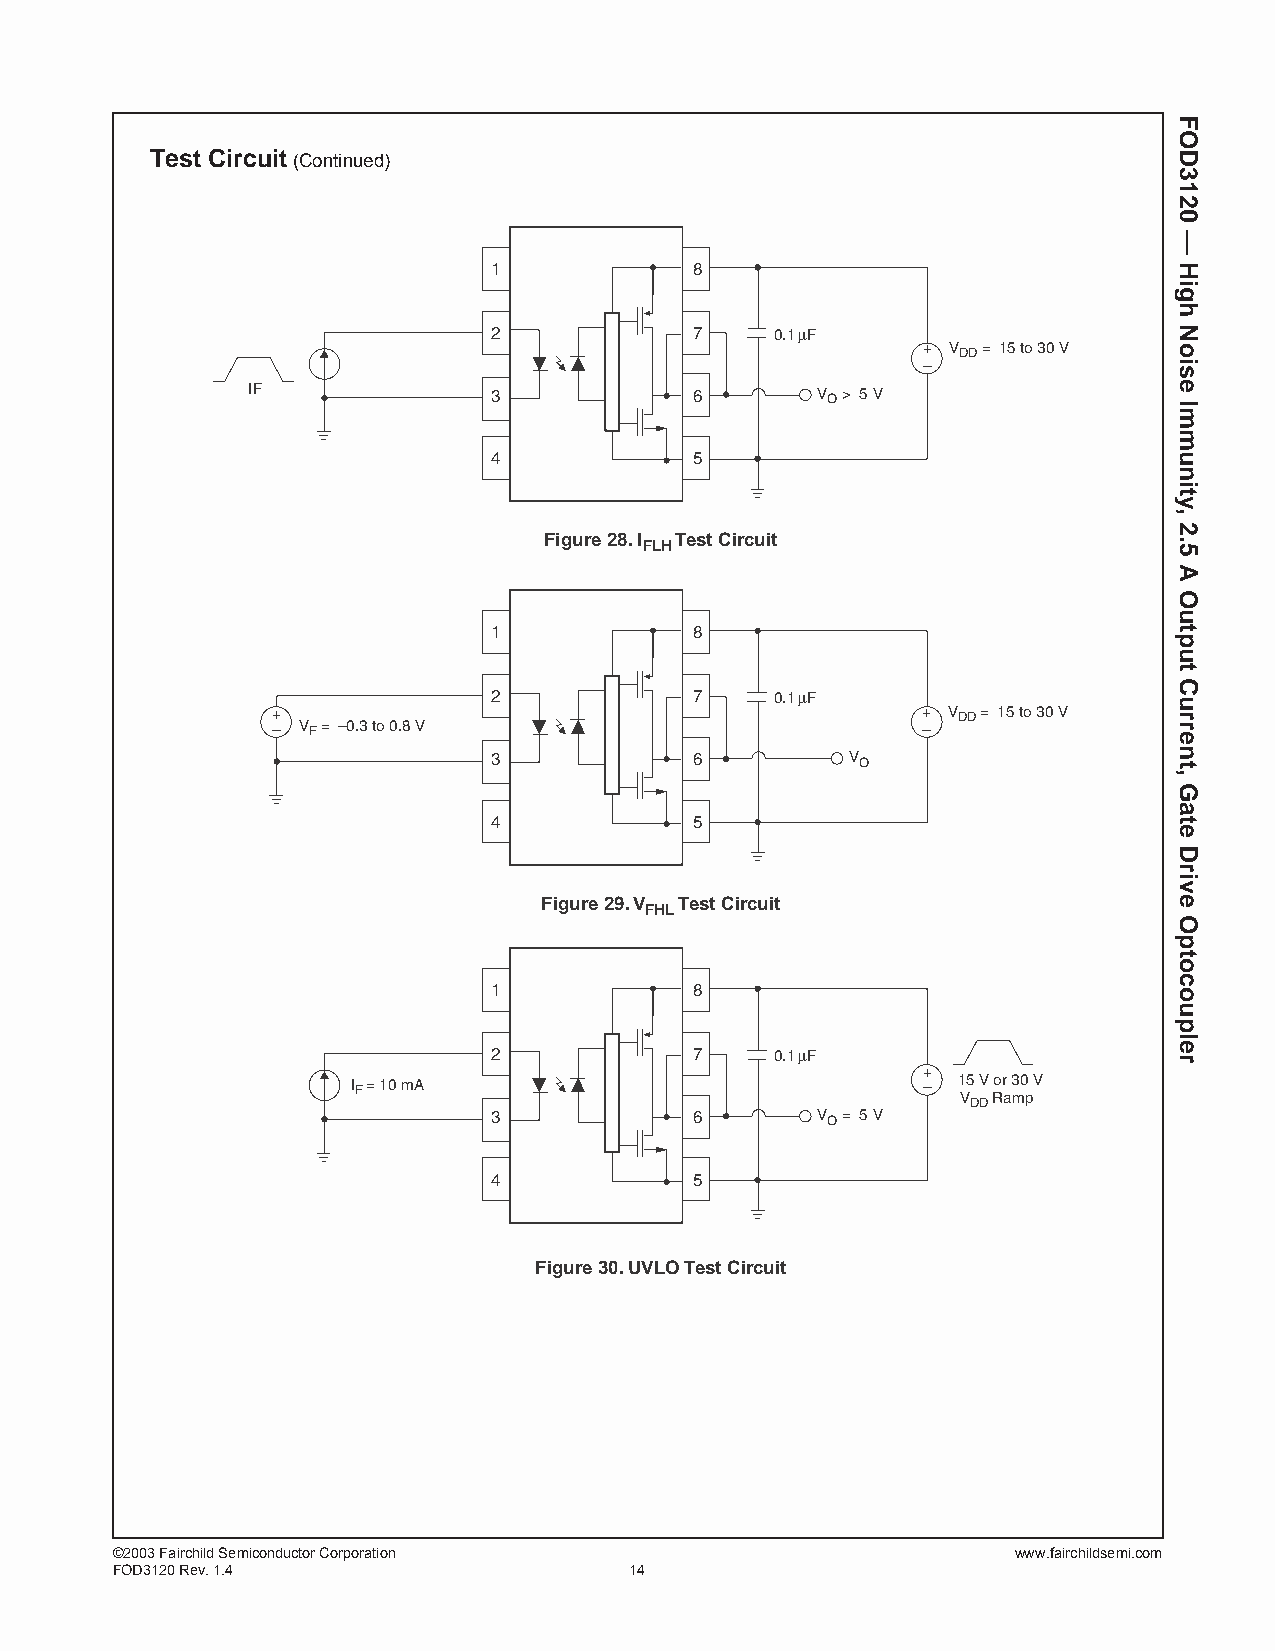
Test Circuit (Continued)
 1            8
 2            7    0.1μF
 + VDD = 15 to 30 V
 –
 IF               3            6       VO > 5 V
 4            5
 Figure 28. I Test Circuit
 FLH
 1            8
 2            7    0.1μF
 +                                          + VDD = 15 to 30 V
 – VF = –0.3 to 0.8 V                       –
 3            6         VO
 4            5
 Figure 29. V Test Circuit
 FHL
 1            8
 2            7    0.1μF
 +
 IF = 10 mA                            – 15 V or 30 V
 VDD Ramp
 3            6       VO = 5 V
 4            5
 Figure 30. UVLO Test Circuit
 ©2003 Fairchild Semiconductor Corporation                   www.fairchildsemi.com
 FOD3120 Rev. 1.4                   14
 FOD3120
 —
 High
 Noise
 Immunity,
 2.5
 A
 Output
 Current,
 Gate
 Drive
 Optocoupler